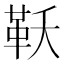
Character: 𮧔